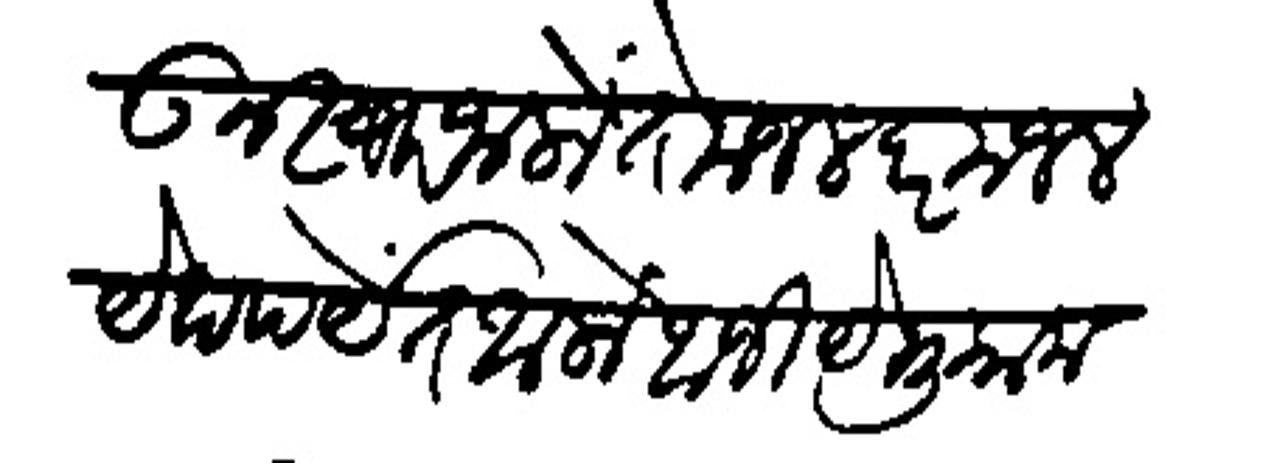
Transliteration (Devanagari): घेऊन स्वार जालों ते मजल दरमजल येथपर्यंत आलों आजी ये मुकाम